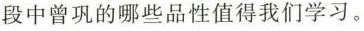
段中曾的哪些品性值得我们学习。